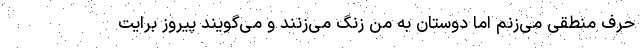
حرف منطقی می‌زنم اما دوستان به من زنگ می‌زنند و می‌گویند پیروز برایت